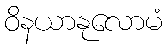
ဝိနယာနုလောမံ